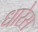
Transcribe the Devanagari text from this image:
धारेस